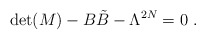
\begin{align*} \det(M)-B{\tilde B}-\Lambda^{2N}=0~.\end{align*}